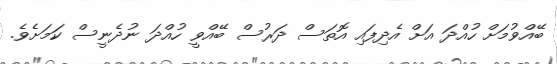
ބޭއްވުމަށް ހުއްދަ އަށް އެދިފައި އޮތަސް ދަރުސް ބޭއްވީ ހުއްދަ ނުދެނީސް ކަމަށެވެ.